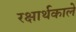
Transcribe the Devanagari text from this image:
रक्षार्थकाले